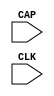
module CAPTUREE2 (
  CAP,
  CLK
);

  parameter ONESHOT = "TRUE";

  `ifdef XIL_TIMING

    parameter LOC = "UNPLACED";

  `endif


  input CAP;
  input CLK;

  reg [0:0] ONESHOT_BINARY;

  reg notifier;


  wire CAP_IN;
  wire CLK_IN;

  wire CAP_INDELAY;
  wire CLK_INDELAY;

  initial begin
    case (ONESHOT)
      "TRUE" : ONESHOT_BINARY = 1'b1;
      "FALSE" : ONESHOT_BINARY = 1'b0;
      default : begin
        $display("Attribute Syntax Error : The Attribute ONESHOT on CAPTUREE2 instance %m is set to %s.  Legal values for this attribute are TRUE, or FALSE.", ONESHOT);
        #1 $finish;
      end
    endcase

  end


  buf B_CAP (CAP_IN, CAP);
  buf B_CLK (CLK_IN, CLK);

  specify

  `ifdef XIL_TIMING
    $period (posedge CLK, 0:0:0, notifier);
    $setuphold (posedge CLK, negedge CAP, 0:0:0, 0:0:0, notifier,,, delay_CLK, delay_CAP);
    $setuphold (posedge CLK, posedge CAP, 0:0:0, 0:0:0, notifier,,, delay_CLK, delay_CAP);

  `endif //  `ifdef XIL_TIMING

    specparam PATHPULSE$ = 0;
  endspecify
endmodule